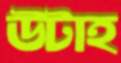
উটাহ